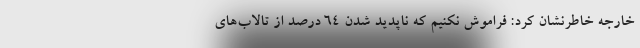
خارجه خاطرنشان کرد: فراموش نکنیم که ناپدید شدن ۶۴ درصد از تالاب‌های